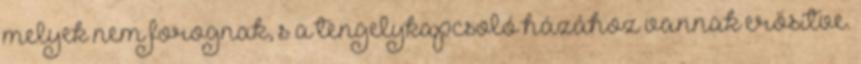
melyek nem forognak, s a tengelykapcsoló házához vannak erősítve.